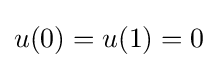
u(0)=u(1)=0